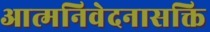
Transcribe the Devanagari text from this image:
आत्मनिवेदनासक्ति